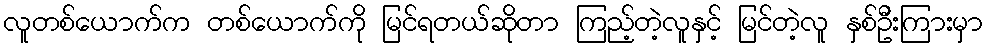
လူတစ်ယောက်က တစ်ယောက်ကို မြင်ရတယ်ဆိုတာ ကြည့်တဲ့လူနှင့် မြင်တဲ့လူ နှစ်ဦးကြားမှာ